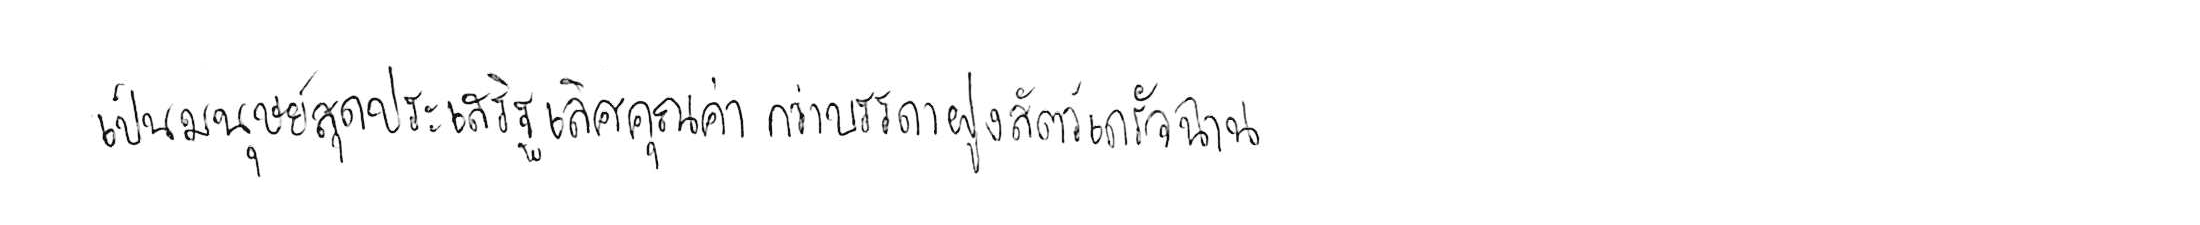
เป็นมนุษย์สุดประเสริฐเลิศคุณค่า กว่าบรรดาฝูงสัตว์เดรัจฉาน